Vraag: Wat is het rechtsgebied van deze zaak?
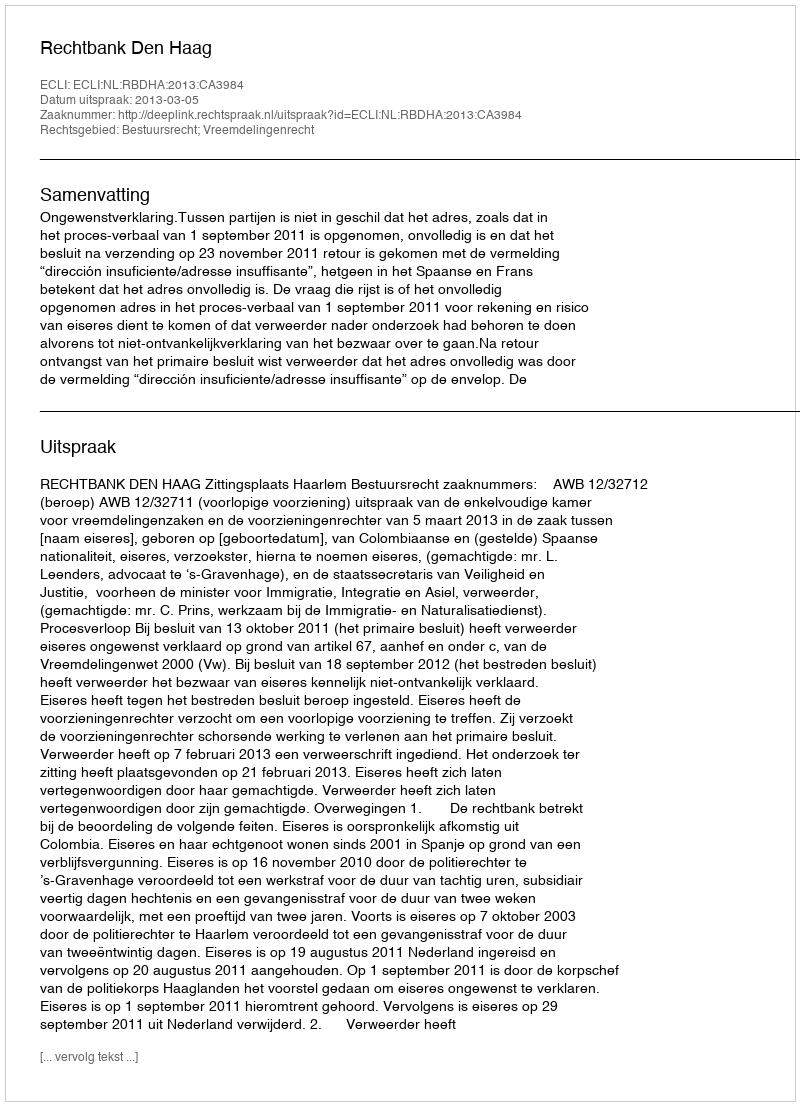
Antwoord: Bestuursrecht; Vreemdelingenrecht